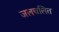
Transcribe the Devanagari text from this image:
जलचलित